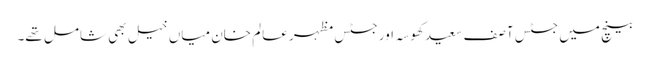
بینچ میں جسٹس آصف سعید کھوسہ اور جسٹس مظہر عالم خان میاں خیل بھی شامل تھے۔